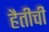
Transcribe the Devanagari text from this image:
हैतीची